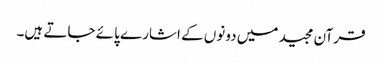
قرآن مجید میں دونوں کے اشارے پائے جاتے ہیں۔